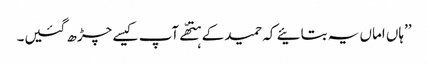
’’ہاں اماں یہ بتائیے کہ حمید کے ہتھّے آپ کیسے چڑھ گئیں۔